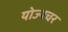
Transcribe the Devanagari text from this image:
योज्यचर